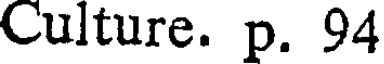
Culture. p. 94